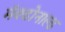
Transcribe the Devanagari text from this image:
मॅक्डोनाल्ड